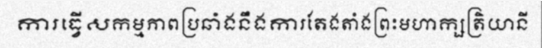
ការធ្វើសកម្មភាពប្រឆាំងនឹងការតែងតាំងព្រះមហាក្សត្រិយានី